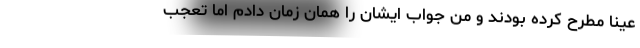
عیناً مطرح کرده بودند و من جواب ایشان را همان زمان دادم اما تعجب